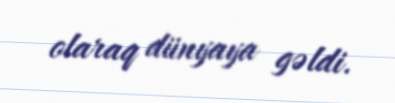
olaraq dünyaya gəldi.